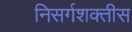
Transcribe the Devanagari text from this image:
निसर्गशक्तीस